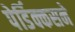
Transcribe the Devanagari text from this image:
पेर्डिक्कसने